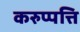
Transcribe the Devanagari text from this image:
करुप्पत्ति